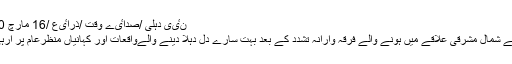
نٸی دہلی /صداٸے وقت /ذراٸع /16 مارچ 2020.
دہلی کے شمال مشرقی علاقے میں ہونے والے فرقہ وارانہ تشدد کے بعد بہت سارے دل دہلا دینے والےواقعات اور کہانیاں منظرعام پر آرہی ہیں ۔